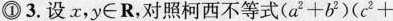
①3.设x，y∈R，对照柯西不等式( $$a^{2} + b ^{2} ) ( c^{2} +